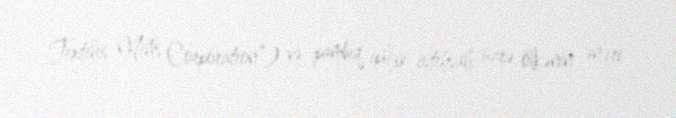
Textiles Mills Corporation”) və pambıq ipliyi istehsalı üzrə ölkənin ən iri